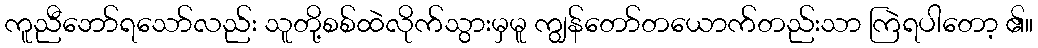
ကူညီဘော်ရသော်လည်း သူတို့စစ်ထဲလိုက်သွားမှမူ ကျွန်တော်တယောက်တည်းသာ ကြဲရပါတော့ ၏။